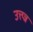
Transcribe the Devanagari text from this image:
उत्त्प्न्न